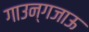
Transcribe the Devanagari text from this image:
गाउन्गजाऊ